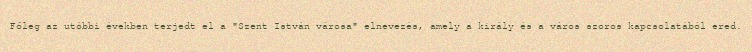
Főleg az utóbbi években terjedt el a "Szent István városa" elnevezés, amely a király és a város szoros kapcsolatából ered.